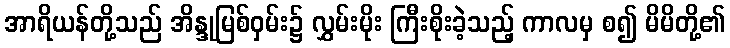
အာရိယန်တို့သည် အိန္ဒုမြစ်ဝှမ်း၌ လွှမ်းမိုး ကြီးစိုးခဲ့သည့် ကာလမှ စ၍ မိမိတို့၏